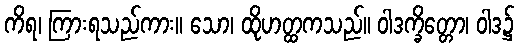
ကိရ၊ ကြားရသည်ကား။ သော၊ ထိုဟတ္ထကသည်။ ဝါဒက္ခိတ္တော၊ ဝါဒ၌